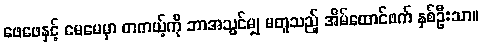
ဖေဖေနှင့် မေမေမှာ တကယ့်ကို ဘာအသွင်မျှ မတူသည့် အိမ်ထောင်ဖက် နှစ်ဦးသာ။